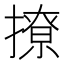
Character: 撩